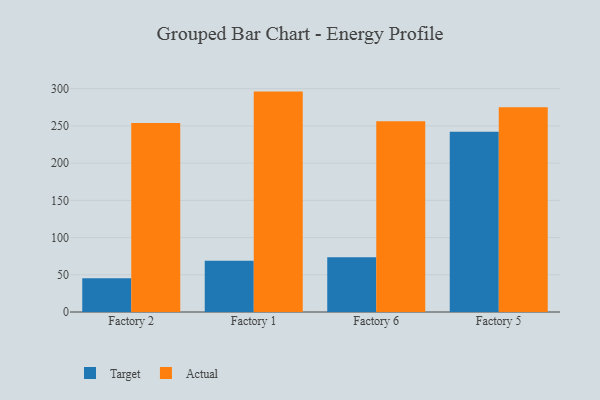
{"axis": {"x": "Factory", "y": "Demand Index"}, "legend": ["Actual", "Target"], "data": [{"x": "Factory 2", "y": 45.3, "type": "Target"}, {"x": "Factory 2", "y": 253.9, "type": "Actual"}, {"x": "Factory 1", "y": 68.7, "type": "Target"}, {"x": "Factory 1", "y": 296.1, "type": "Actual"}, {"x": "Factory 6", "y": 73.6, "type": "Target"}, {"x": "Factory 6", "y": 256.3, "type": "Actual"}, {"x": "Factory 5", "y": 242.3, "type": "Target"}, {"x": "Factory 5", "y": 275.0, "type": "Actual"}]}